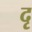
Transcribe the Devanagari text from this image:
दृ